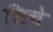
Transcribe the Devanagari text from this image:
लिचे